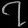
Digit: ၇